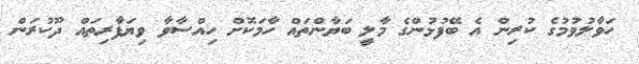
ހަވާލުވުމުގެ ކުރިން އެ ބޭފުޅުންގެ މާލީ ބަޔާންތައް ހާމަަކޮށް ހިއްސާވާ ވިޔަފާރިތައް ދޫކުރަން